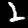
Digit: 2